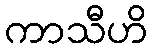
ကာသီဟိ